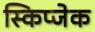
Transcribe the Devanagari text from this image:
स्किप्जेक